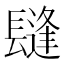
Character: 𨲫